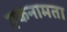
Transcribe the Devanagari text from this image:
एकनामता